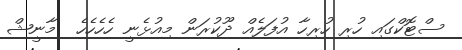
ސްޓޮކްގައި ހުރި ހުރިހާ އުފަލެއް ދޫކުރަން މިއުޅެނީ ހެހެހެހެ  މާނީޝް